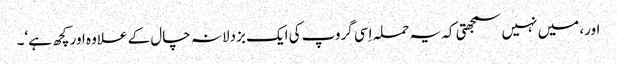
اور، میں نہیں سمجھتی کہ یہ حملہ اِسی گروپ کی ایک بزدلانہ چال کے علاوہ اور کچھ ہے‘۔